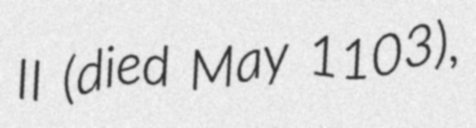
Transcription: II (died May 1103),